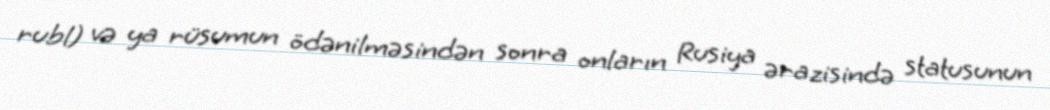
rubl) və ya rüsumun ödənilməsindən sonra onların Rusiya ərazisində statusunun